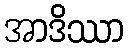
အာဒိဿာ